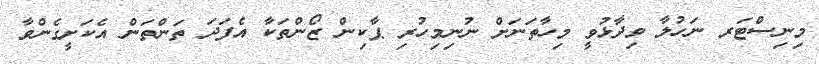
މިނިސްޓަރ ނަހުލާ ވިދާޅުވީ މިހާތަނަށް ނުނިމިހުރި ޕާކިން ޒޯންތަކާ އެފަދަ ތަންތަން އެކަށީގެންވާ